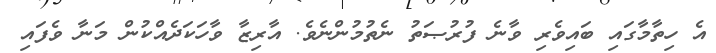
އެ ހިތާމާގައި ބައިވެރި ވާނެ ފުރުޞަތު ނެތުމުންނެވެ. އާރިޒާ ވާހަކަދެއްކުން މަނާ ވެފައި